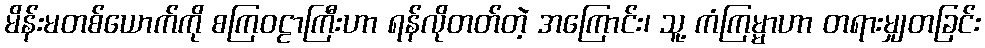
မိန်းမတစ်ယောက်ကို စကြဝဠာကြီးဟာ ရန်လိုတတ်တဲ့ အကြောင်း၊ သူ့ ကံကြမ္မာဟာ တရားမျှတခြင်း